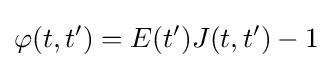
\varphi (t,t')=E(t')J(t,t')-1